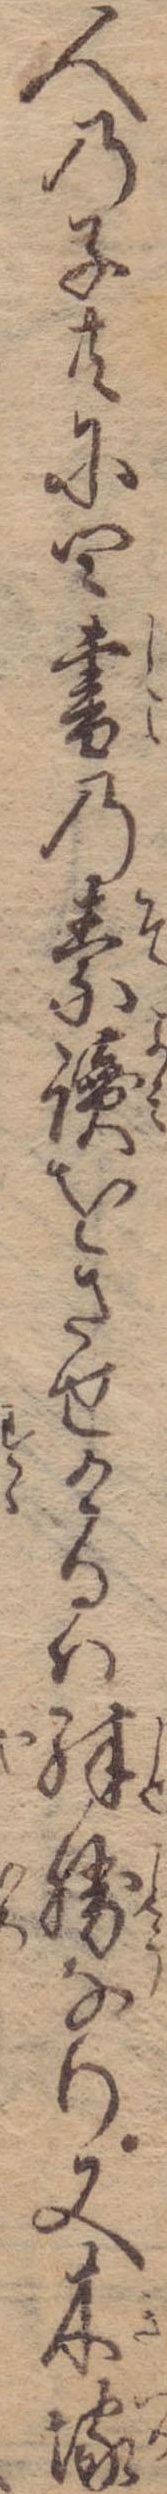
人の子共に四書の素贖をさせけるは殊勝なり又木塚